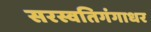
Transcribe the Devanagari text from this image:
सरस्वतिगंगाधर